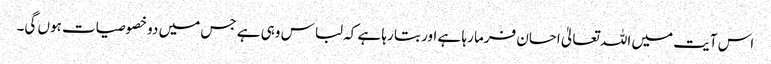
اس آیت میں اللہ تعالیٰ احسان فرما رہا ہے اور بتا رہا ہے کہ لباس وہی ہے جس میں دو خصوصیات ہوں گی۔